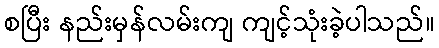
စပြီး နည်းမှန်လမ်းကျ ကျင့်သုံးခဲ့ပါသည်။